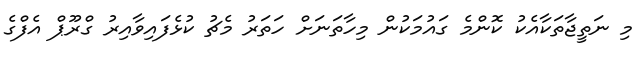
މި ނަތީޖާތަކާއެކު ކޮންމެ ގައުމަކުން މިހާތަނަށް ހަތަރު މެޗު ކުޅެފައިވާއިރު ގްރޫޕް އެފްގެ